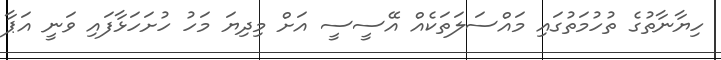
ހިޔާނާތުގެ ތުހުމަތުގައި މައްސަލަތަކެއް އޭސީސީ އަށް މިދިޔަ މަހު ހުށަހަޅާފައި ވަނީ އަޕާ